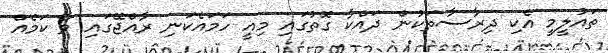
ތައުލީމީ އެކި ދިރާސާތަކުން ދައްކާ ގޮތުގައި މިއީ ހަމައެކަނި ރާއްޖޭގައި ވާ ކަމެއް